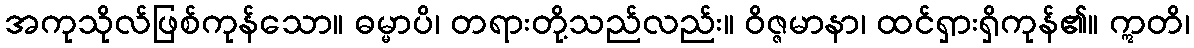
အကုသိုလ်ဖြစ်ကုန်သော။ ဓမ္မာပိ၊ တရားတို့သည်လည်း။ ဝိဇ္ဇမာနာ၊ ထင်ရှားရှိကုန်၏။ ဣတိ၊